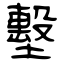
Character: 墼